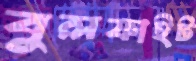
বুলফাইট